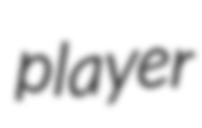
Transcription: player